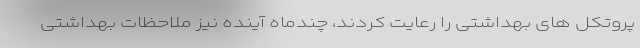
پروتکل های بهداشتی را رعایت کردند، چندماه آینده نیز ملاحظات بهداشتی